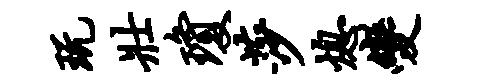
玩壮琼莎熄变